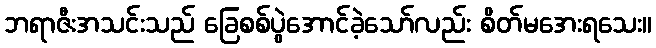
ဘရာဇီးအသင်းသည် ခြေစစ်ပွဲအောင်ခဲ့သော်လည်း စိတ်မအေးရသေး။